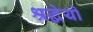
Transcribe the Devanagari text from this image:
श्रद्धेयो